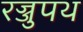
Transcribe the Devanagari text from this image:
रज्जुपथ